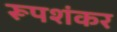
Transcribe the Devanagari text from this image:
रूपशंकर